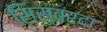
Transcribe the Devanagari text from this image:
सिस्वर्दा